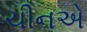
ચીનએ